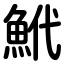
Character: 鮘